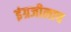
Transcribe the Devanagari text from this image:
इंग्रजीलाच